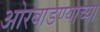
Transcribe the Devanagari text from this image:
ओरबाडण्याच्या